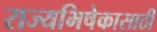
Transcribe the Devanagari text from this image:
राज्यभिषेकासाठी